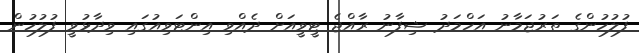
ފުލުހުންގެ ތަރުޖަމާނު އަހްމަދު ޝިފާނު ރާއްޖެ ޓީވީއަށް ދެއްވި އިންޓަވިއުގައި ވިދާޅުވީ ފުލުހުން